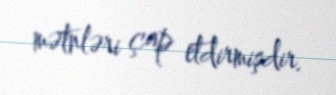
mətnləri çap etdirmişdir.